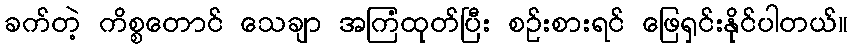
ခက်တဲ့ ကိစ္စတောင် သေချာ အကြံထုတ်ပြီး စဉ်းစားရင် ဖြေရှင်းနိုင်ပါတယ်။